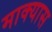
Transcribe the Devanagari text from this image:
माक्यास